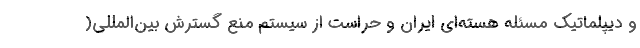
و دیپلماتیک مسئله هسته‌ای ایران و حراست از سیستم منع گسترش بین‌المللی(